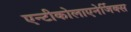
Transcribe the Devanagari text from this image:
एन्टीकोलाएनेर्जिक्स